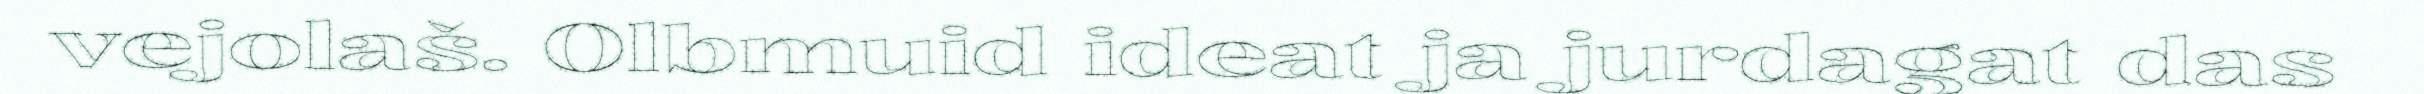
vejolaš. Olbmuid ideat ja jurdagat das